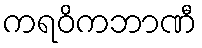
ကရဝိကဘာဏီ